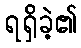
ရရှိခဲ့၏